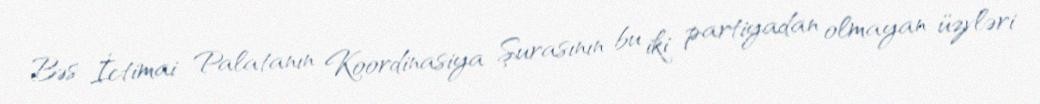
Bəs İctimai Palatanın Koordinasiya Şurasının bu iki partiyadan olmayan üzvləri